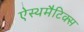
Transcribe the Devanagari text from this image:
ऐस्थमैटिक्स